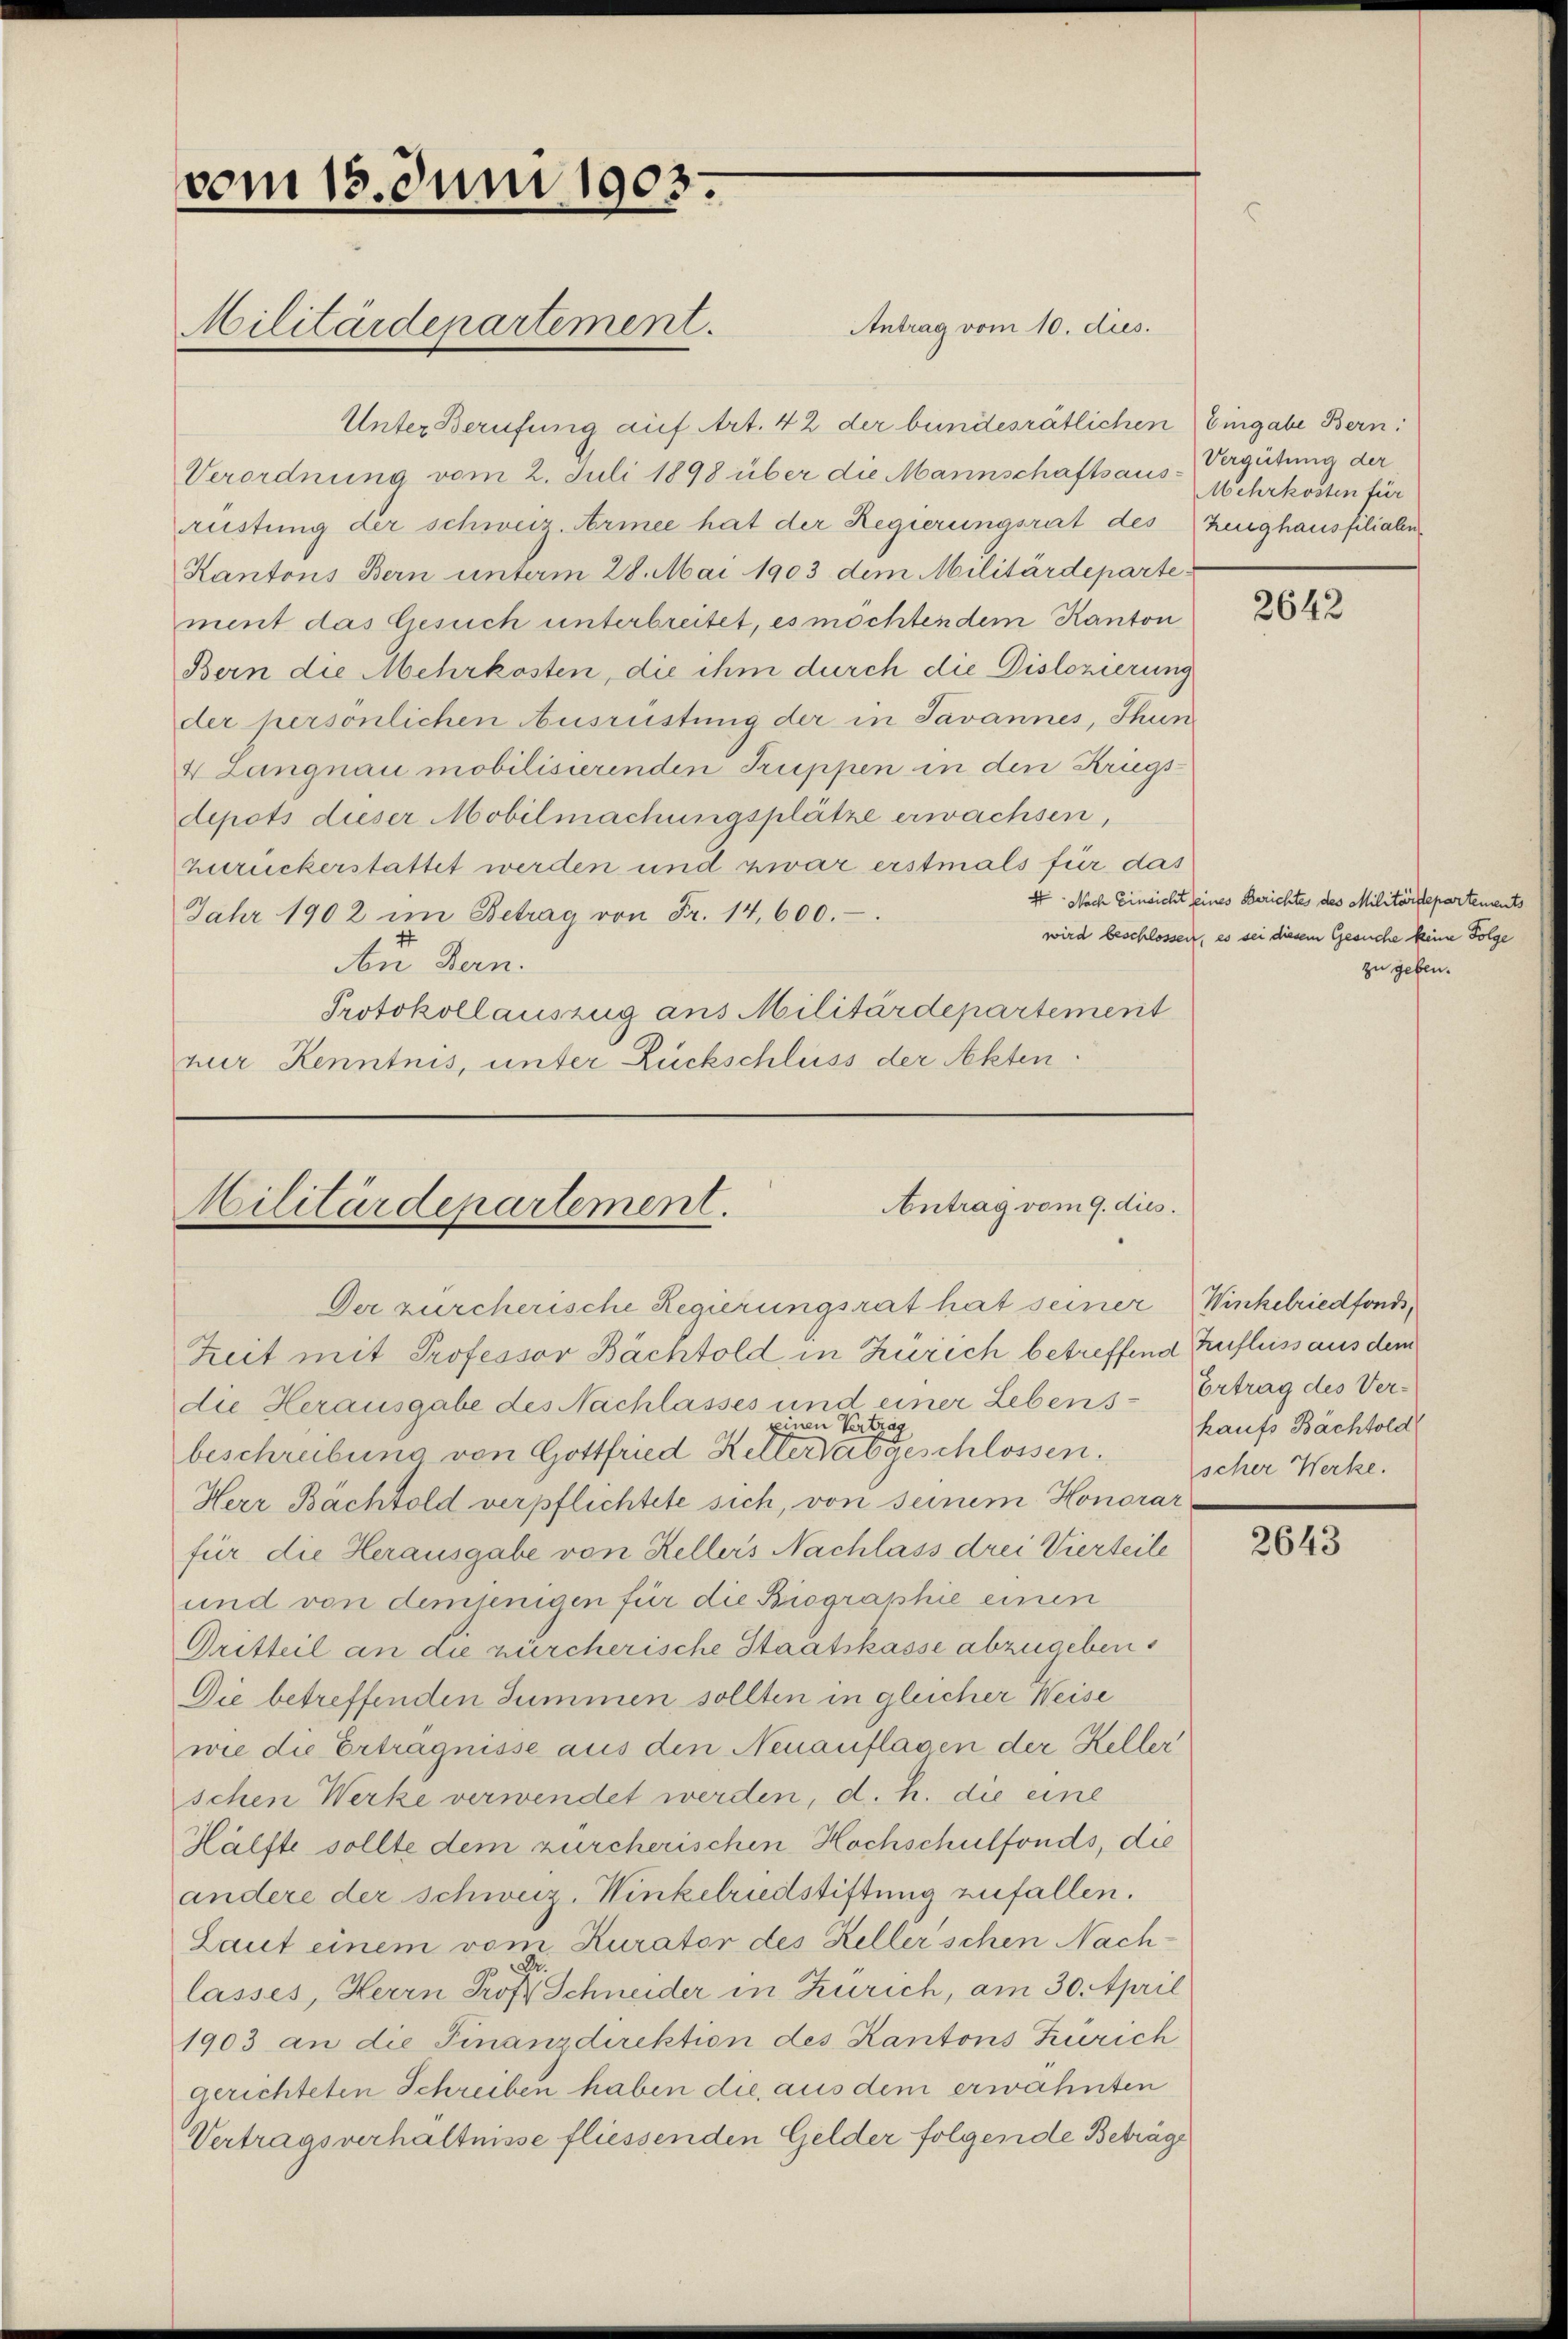
vom 15. Juni 1903.
Militärdepartement.

Antrag vom 10. dies.
Unter Berufung auf Art. 42 der bundesrätlichen Eingabe Bern:
Verordnung vom 2. Juli 1898 über die Mannschaftsaus-
rüstung der schweiz. Armee hat der Regierungsrat des Zeughausfilialen,
Kantons Bern unterm 28. Mai 1903 dem Militärdeparte
ment das Gesuch unterbreitet, es möchten dem Kanton
Bern die Mehrkosten, die ihm durch die Dislozierung
der persönlichen Ausrüstung der in Savannes, Thun
4 Langnau mobilisierenden Truppen in den Kriegs-
depots dieser Mobilmachungsplätze erwachsen,
zuruckerstattet werden und zwar erstmals für das
Jahr 1902 im Betrag von Fr. 14, 600.
Au San.
Protokollauszug aus Militärdepartement
nur Kenntnis, unter Rückschluss der Akten:

Antrag vom 9. dies
Militärdepartement.
Der zürcherische Regierungsrat hat seiner Winkelriedfonds,
Zeit mit Professor Bächtold in Zürich betreffend Zufluss aus dem

Vergütung der
Mehrkosten für

die Herausgabe des Nachlasses und einer Lebens-Ertrag des Vernen Vertrag
beschreibung von Gottfried Kelterat geschlossenscher Werke.
Herr Bachtold verpflichtete sich, von seinem Honorar
für die Herausgabe von Kellers Nachlass drei Vierteile
und von demjenigen für die Biographie einen
Dritteil an die zürcherische Staatskasse abzugeben.
Die betreffenden Summen sollten in gleicher Weise
wie die Erträgnisse aus den Neuauflasen der Keller
schen Werke verwendet werden, d. h. die eine
Hälfte sollte dem zürcherischen Hochschulfonds, die
andere der Schweiz, Winkelriedstiftung zufallen.
Laut einem vom Kurator des Keller schen Nachlasses, Herrn Prof. Schneider in Zürich, am 30. April
1903 an die Finanzdirektion des Kantons Zürich
gerichteten Schreiben haben die aus dem erwähnten
Vertragsverhältnisse fliessenden Gelder folgende Beträge

2642

kaufs Bächtold

4 Nach Einsicht seines Berichtes des Militärstepartements
wird beschlossen, es sei diesem Gesuche keine Folge
zu geben.

2643